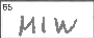
Transcription: MIW